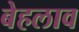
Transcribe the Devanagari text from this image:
बेहलाव